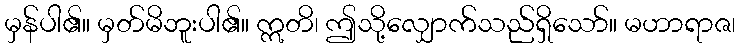
မှန်ပါ၏။ မှတ်မိဘူးပါ၏။ ဣတိ၊ ဤသို့လျှောက်သည်ရှိသော်။ မဟာရာဇ၊